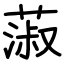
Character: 蔋